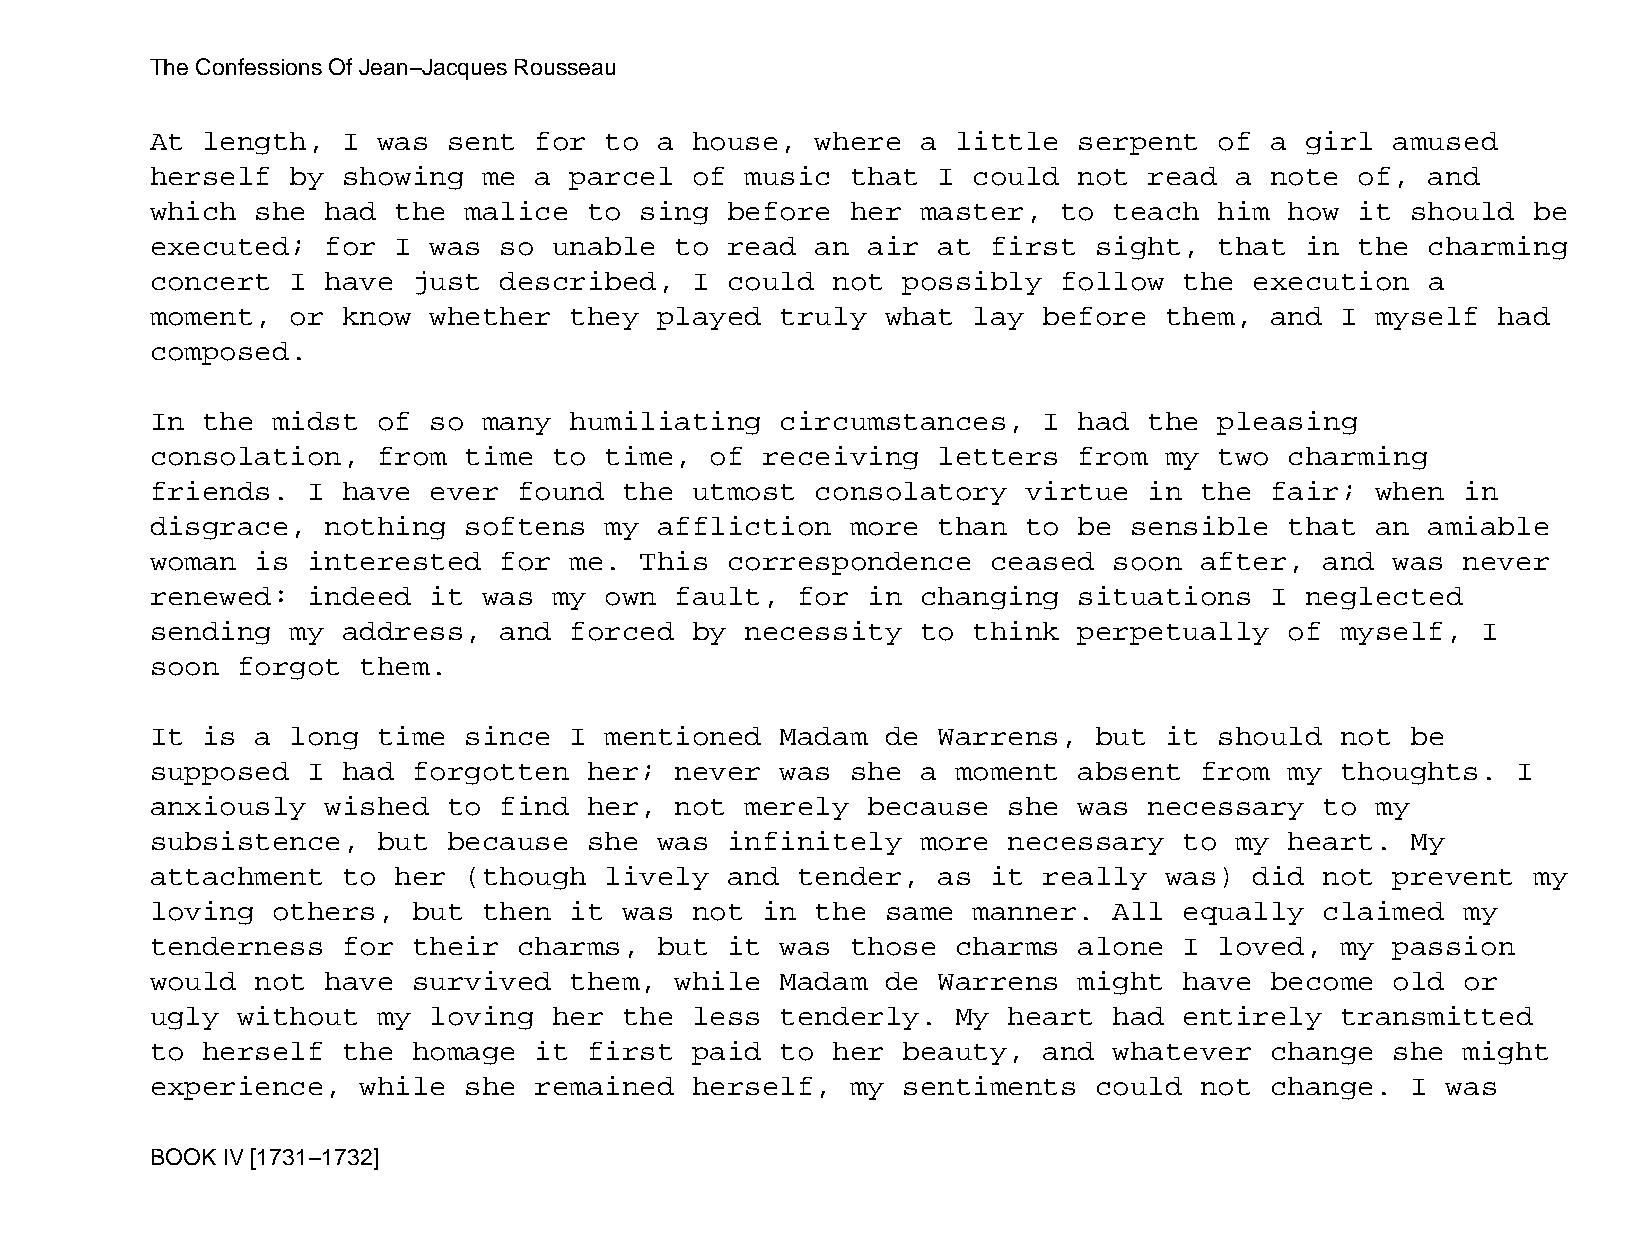
The Confessions Of Jean−Jacques Rousseau
 At length,   I was  sent for  to  a house,  where  a little  serpent   of a girl  amused
 herself  by  showing  me a  parcel  of music  that  I could  not  read  a note  of,  and
 which  she  had the  malice  to sing  before  her  master,  to  teach  him how  it should  be
 executed;   for I was  so  unable  to read  an air  at  first sight,   that in  the  charming
 concert  I  have just  described,   I could  not  possibly  follow  the  execution   a
 moment,  or  know whether   they  played  truly  what lay  before  them,  and  I myself  had
 composed.
 In the  midst  of so  many  humiliating   circumstances,   I had  the  pleasing
 consolation,   from  time  to time,  of receiving   letters  from  my  two charming
 friends.  I  have ever  found  the  utmost  consolatory   virtue  in the  fair;  when  in
 disgrace,   nothing  softens  my  affliction  more  than  to be  sensible  that  an  amiable
 woman  is interested   for  me. This  correspondence    ceased  soon after,   and was  never
 renewed:  indeed  it  was  my own  fault,  for in  changing  situations   I neglected
 sending  my  address,  and  forced  by necessity   to think  perpetually   of  myself,  I
 soon  forgot  them.
 It is  a long  time  since  I mentioned   Madam  de Warrens,  but  it  should  not be
 supposed  I  had forgotten   her;  never  was she  a moment  absent  from  my  thoughts.  I
 anxiously   wished  to find  her,  not merely  because   she was  necessary   to my
 subsistence,   but  because  she  was infinitely   more  necessary  to  my heart.  My
 attachment   to her  (though  lively  and  tender,  as  it really  was)  did  not prevent  my
 loving  others,  but  then  it was  not in  the  same manner.   All equally   claimed  my
 tenderness   for their  charms,   but it  was those  charms  alone  I  loved,  my passion
 would  not  have survived   them,  while  Madam  de Warrens  might  have  become  old  or
 ugly  without  my loving   her the  less  tenderly.  My  heart  had entirely   transmitted
 to herself   the homage  it  first  paid  to her  beauty,  and  whatever  change  she  might
 experience,   while  she remained   herself,  my  sentiments  could  not  change.  I  was
 BOOK IV [1731−1732]